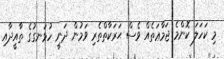
މި ކަހަލަ ކޮންމެ ޖަމާޢަތެއް ވެސް ޙަރަކާތްތެރި ވަމުން ދަނީ ހުޅަނގުގެ ތާއީދާއި